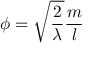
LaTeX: \phi = \sqrt { \frac { 2 } { \lambda } } \frac { m } { l }